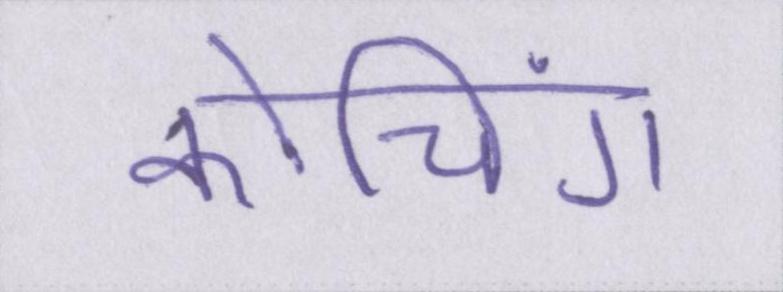
कोचिंग